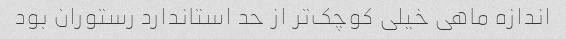
اندازه ماهی خیلی کوچک‌تر از حد استاندارد رستوران بود